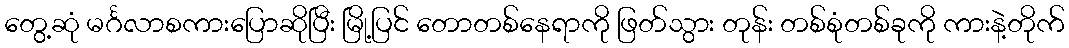
တွေ့ဆုံ မင်္ဂလာစကားပြောဆိုပြီး မြို့ပြင် တောတစ်နေရာကို ဖြတ်သွား တုန်း တစ်စုံတစ်ခုကို ကားနဲ့တိုက်